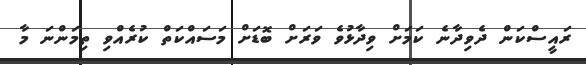
ރައީސްކަން ދެވިދާނެ ކަމަށް ވިދާޅުވެ ވަރަށް ބޮޑަށް މަސައްކަތް ކުރެއްވި ތިމަންނަ މާ